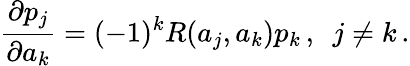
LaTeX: {\frac{\partial p_{j}}{\partial a_{k}}}=(-1)^{k}R(a_{j},a_{k})p_{k}\, ,\ \ j\neq k\, .